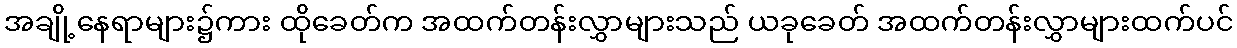
အချို့နေရာများ၌ကား ထိုခေတ်က အထက်တန်းလွှာများသည် ယခုခေတ် အထက်တန်းလွှာများထက်ပင်